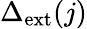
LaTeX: \Delta_{\mathrm{{ext}}}(j)